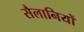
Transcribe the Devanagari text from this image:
सैलानियों